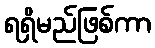
ရရှိမည်ဖြစ်ကာ